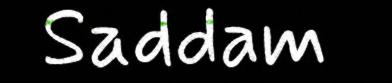
Saddam